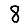
Digit: 8